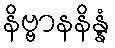
နိဗ္ဗာနနိန္နံ